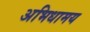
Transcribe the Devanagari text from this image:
अभिधामय